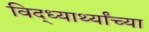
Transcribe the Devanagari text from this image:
विद्ध्यार्थ्यांच्या